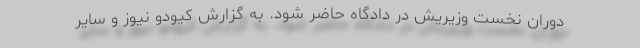
دوران نخست وزیریش در دادگاه حاضر شود. به گزارش کیودو نیوز و سایر